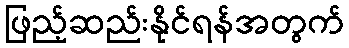
ဖြည့်ဆည်းနိုင်ရန်အတွက်